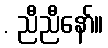
. ညီညီနော်။